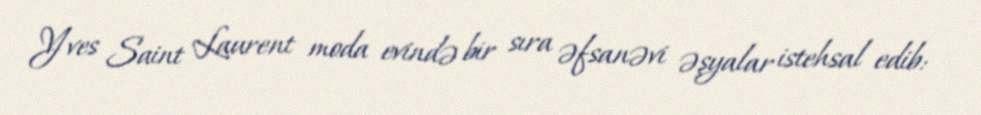
Yves Saint Laurent moda evində bir sıra əfsanəvi əşyalar istehsal edib: